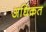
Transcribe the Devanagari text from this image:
अधिक्रत